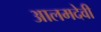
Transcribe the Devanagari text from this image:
आलमदेवी